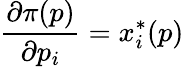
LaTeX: {\frac{\partial\pi(p)}{\partial p_{i}}}=x_{i}^{\ast}(p)